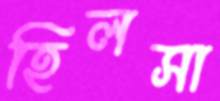
হিলসা